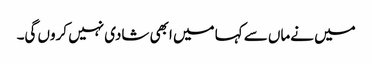
میں نےماں سے کہا میں ابھی شادی نہیں کروں گی۔